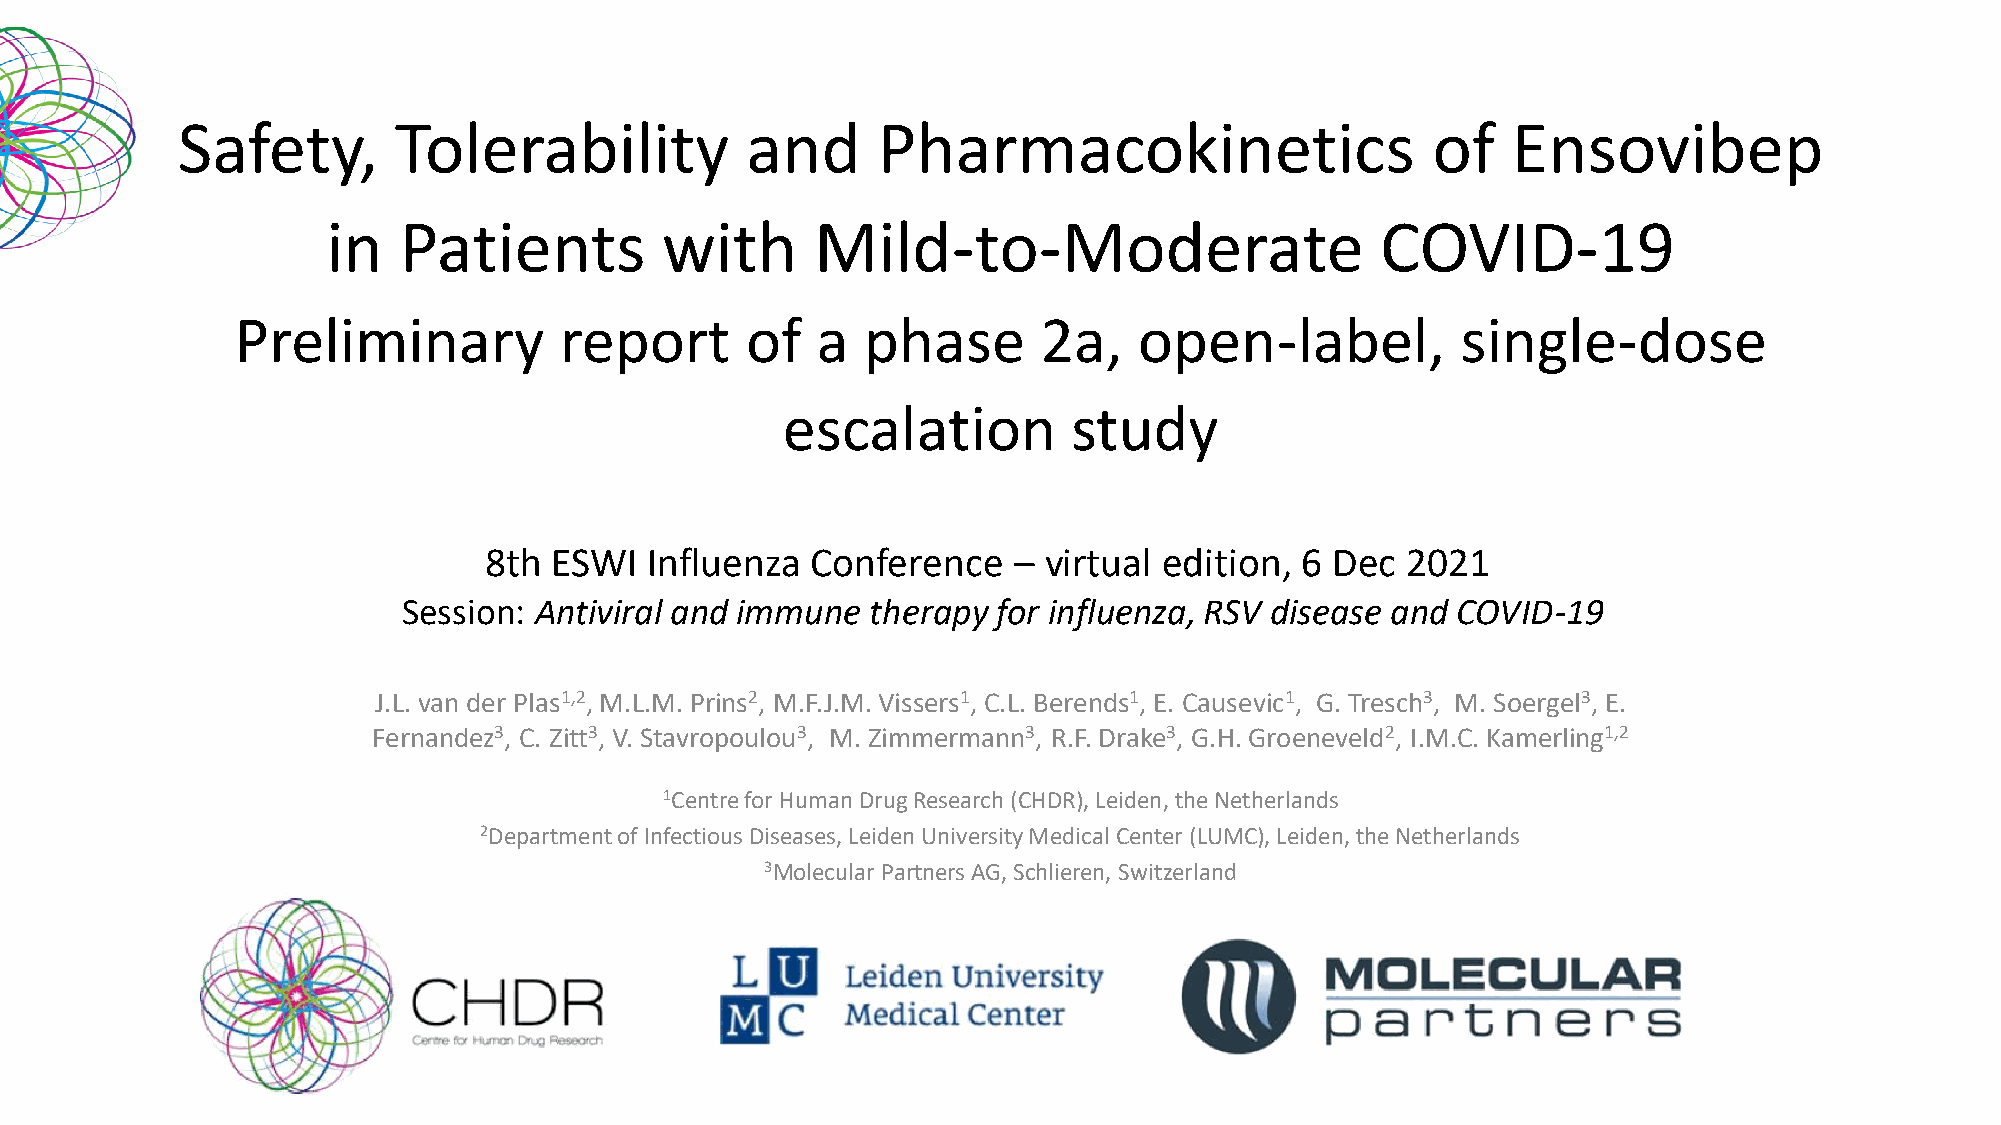
Safety,       Tolerability           and      Pharmacokinetics                     of   Ensovibep
 in  Patients          with      Mild-to-Moderate                     COVID-19
 Preliminary          report      of   a  phase       2a,   open-label,           single-dose
 escalation         study
 8th ESWI   Influenza  Conference   – virtual edition, 6 Dec  2021
 Session: Antiviral and immune  therapy for influenza, RSV disease and COVID-19
 J.L. van der Plas1,2, M.L.M. Prins2, M.F.J.M. Vissers1, C.L. Berends1, E. Causevic1, G. Tresch3, M. Soergel3, E.
 Fernandez3, C. Zitt3, V. Stavropoulou3, M. Zimmermann3, R.F. Drake3, G.H. Groeneveld2, I.M.C. Kamerling1,2
 1Centre for Human Drug Research (CHDR), Leiden, the Netherlands
 2Department of Infectious Diseases, Leiden University Medical Center (LUMC), Leiden, the Netherlands
 3Molecular Partners AG, Schlieren, Switzerland